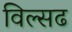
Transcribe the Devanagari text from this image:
विल्सढ